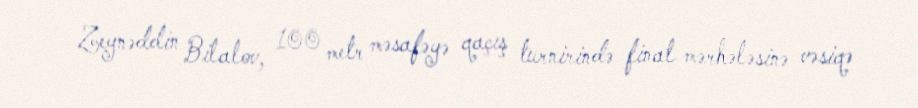
Zeynəddin Bilalov, 100 metr məsafəyə qaçış turnirində final mərhələsinə vəsiqə